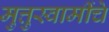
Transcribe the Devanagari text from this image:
मुत्तुस्वामींचे